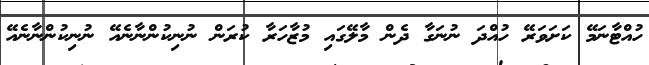
ހުއްޓާނަމޭ ކަށަވަރޭ ހުއްދަ ނުނަގާ ދެން މާލޭގައި މުޒާހަރާ ކުރަން ނުނިކުންނާނެއޭ ނުނިކުންނާނެއޭ